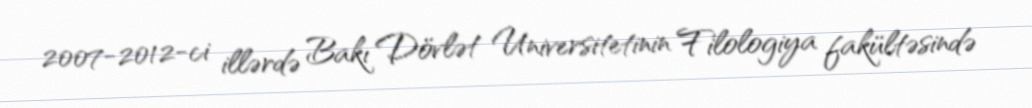
2007-2012-ci illərdə Bakı Dövlət Universitetinin Filologiya fakültəsində